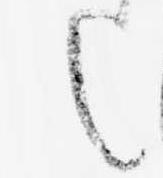
之